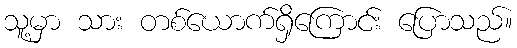
သူ့မှာ သား တစ်ယောက်ရှိကြောင်း ပြောသည်။